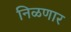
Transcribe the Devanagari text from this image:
निळणार